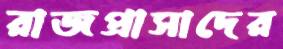
রাজপ্রাসাদের